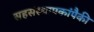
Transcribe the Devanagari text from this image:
सहसंस्थापकांपैकी